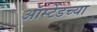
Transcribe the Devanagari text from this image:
ऑर्स्टेडच्या